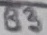
Text: B3